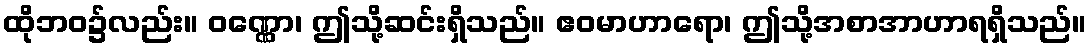
ထိုဘဝ၌လည်း။ ဝဏ္ဏော၊ ဤသို့ဆင်းရှိသည်။ ဧဝမာဟာရော၊ ဤသို့အစာအာဟာရရှိသည်။